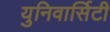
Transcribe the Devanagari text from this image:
युनिवार्सिटी